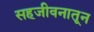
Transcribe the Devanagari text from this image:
सहजीवनातून